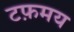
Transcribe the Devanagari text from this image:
टफ़मय